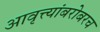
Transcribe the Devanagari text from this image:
आवृत्त्यांबरोबरच